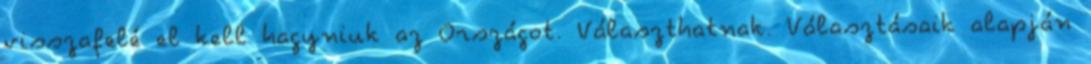
visszafelé el kell hagyniuk az Országot. Választhatnak. Választásaik alapján